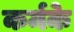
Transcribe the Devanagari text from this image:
कर्मके